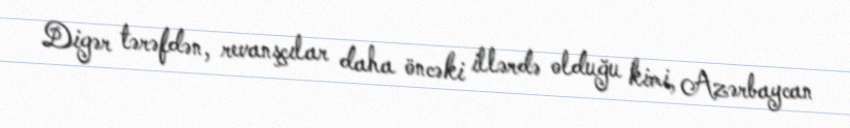
Digər tərəfdən, revanşçılar daha öncəki illərdə olduğu kimi, Azərbaycan